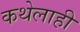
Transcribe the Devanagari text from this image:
कथेलाही